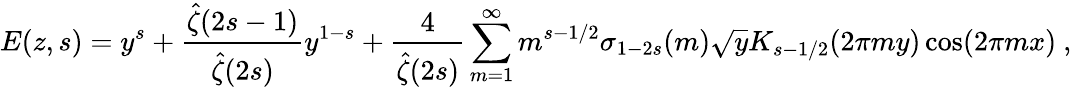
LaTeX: E(z,s)=y^{s}+{\frac{{\hat{\zeta}}(2s-1)}{{\hat{\zeta}}(2s)}}y^{1-s}+{\frac{4}{{\hat{\zeta}}(2s)}}\sum_{m=1}^{\infty}m^{s-1/2}\sigma_{1-2s}(m){\sqrt{y}}K_{s-1/2}(2\pi my)\cos(2\pi mx)\ ,